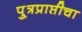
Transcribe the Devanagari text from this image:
पु्त्रप्राप्तीचा